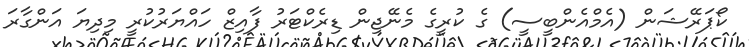
ކޯޕަރޭޝަން (އެމްއެންބީސީ) ގެ ކުރީގެ މެނޭޖިން ޑިރެކްޓަރު ފާއިޒް ހައްޔަރުކުރީ މިދިޔަ އަންގާރަ